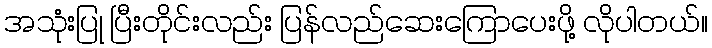
အသုံးပြု ပြီးတိုင်းလည်း ပြန်လည်ဆေးကြောပေးဖို့ လိုပါတယ်။